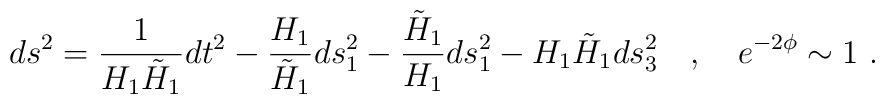
ds^2 = \frac{1}{H_1 \tilde{H}_1} dt^2 - \frac{H_1}{\tilde{H}_1} ds^2_1 -\frac{\tilde{H}_1}{H_1} ds^2_1 - H_1 \tilde{H}_1 ds^2_3 \quad , \quad e^{-2 \phi} \sim 1 \ .